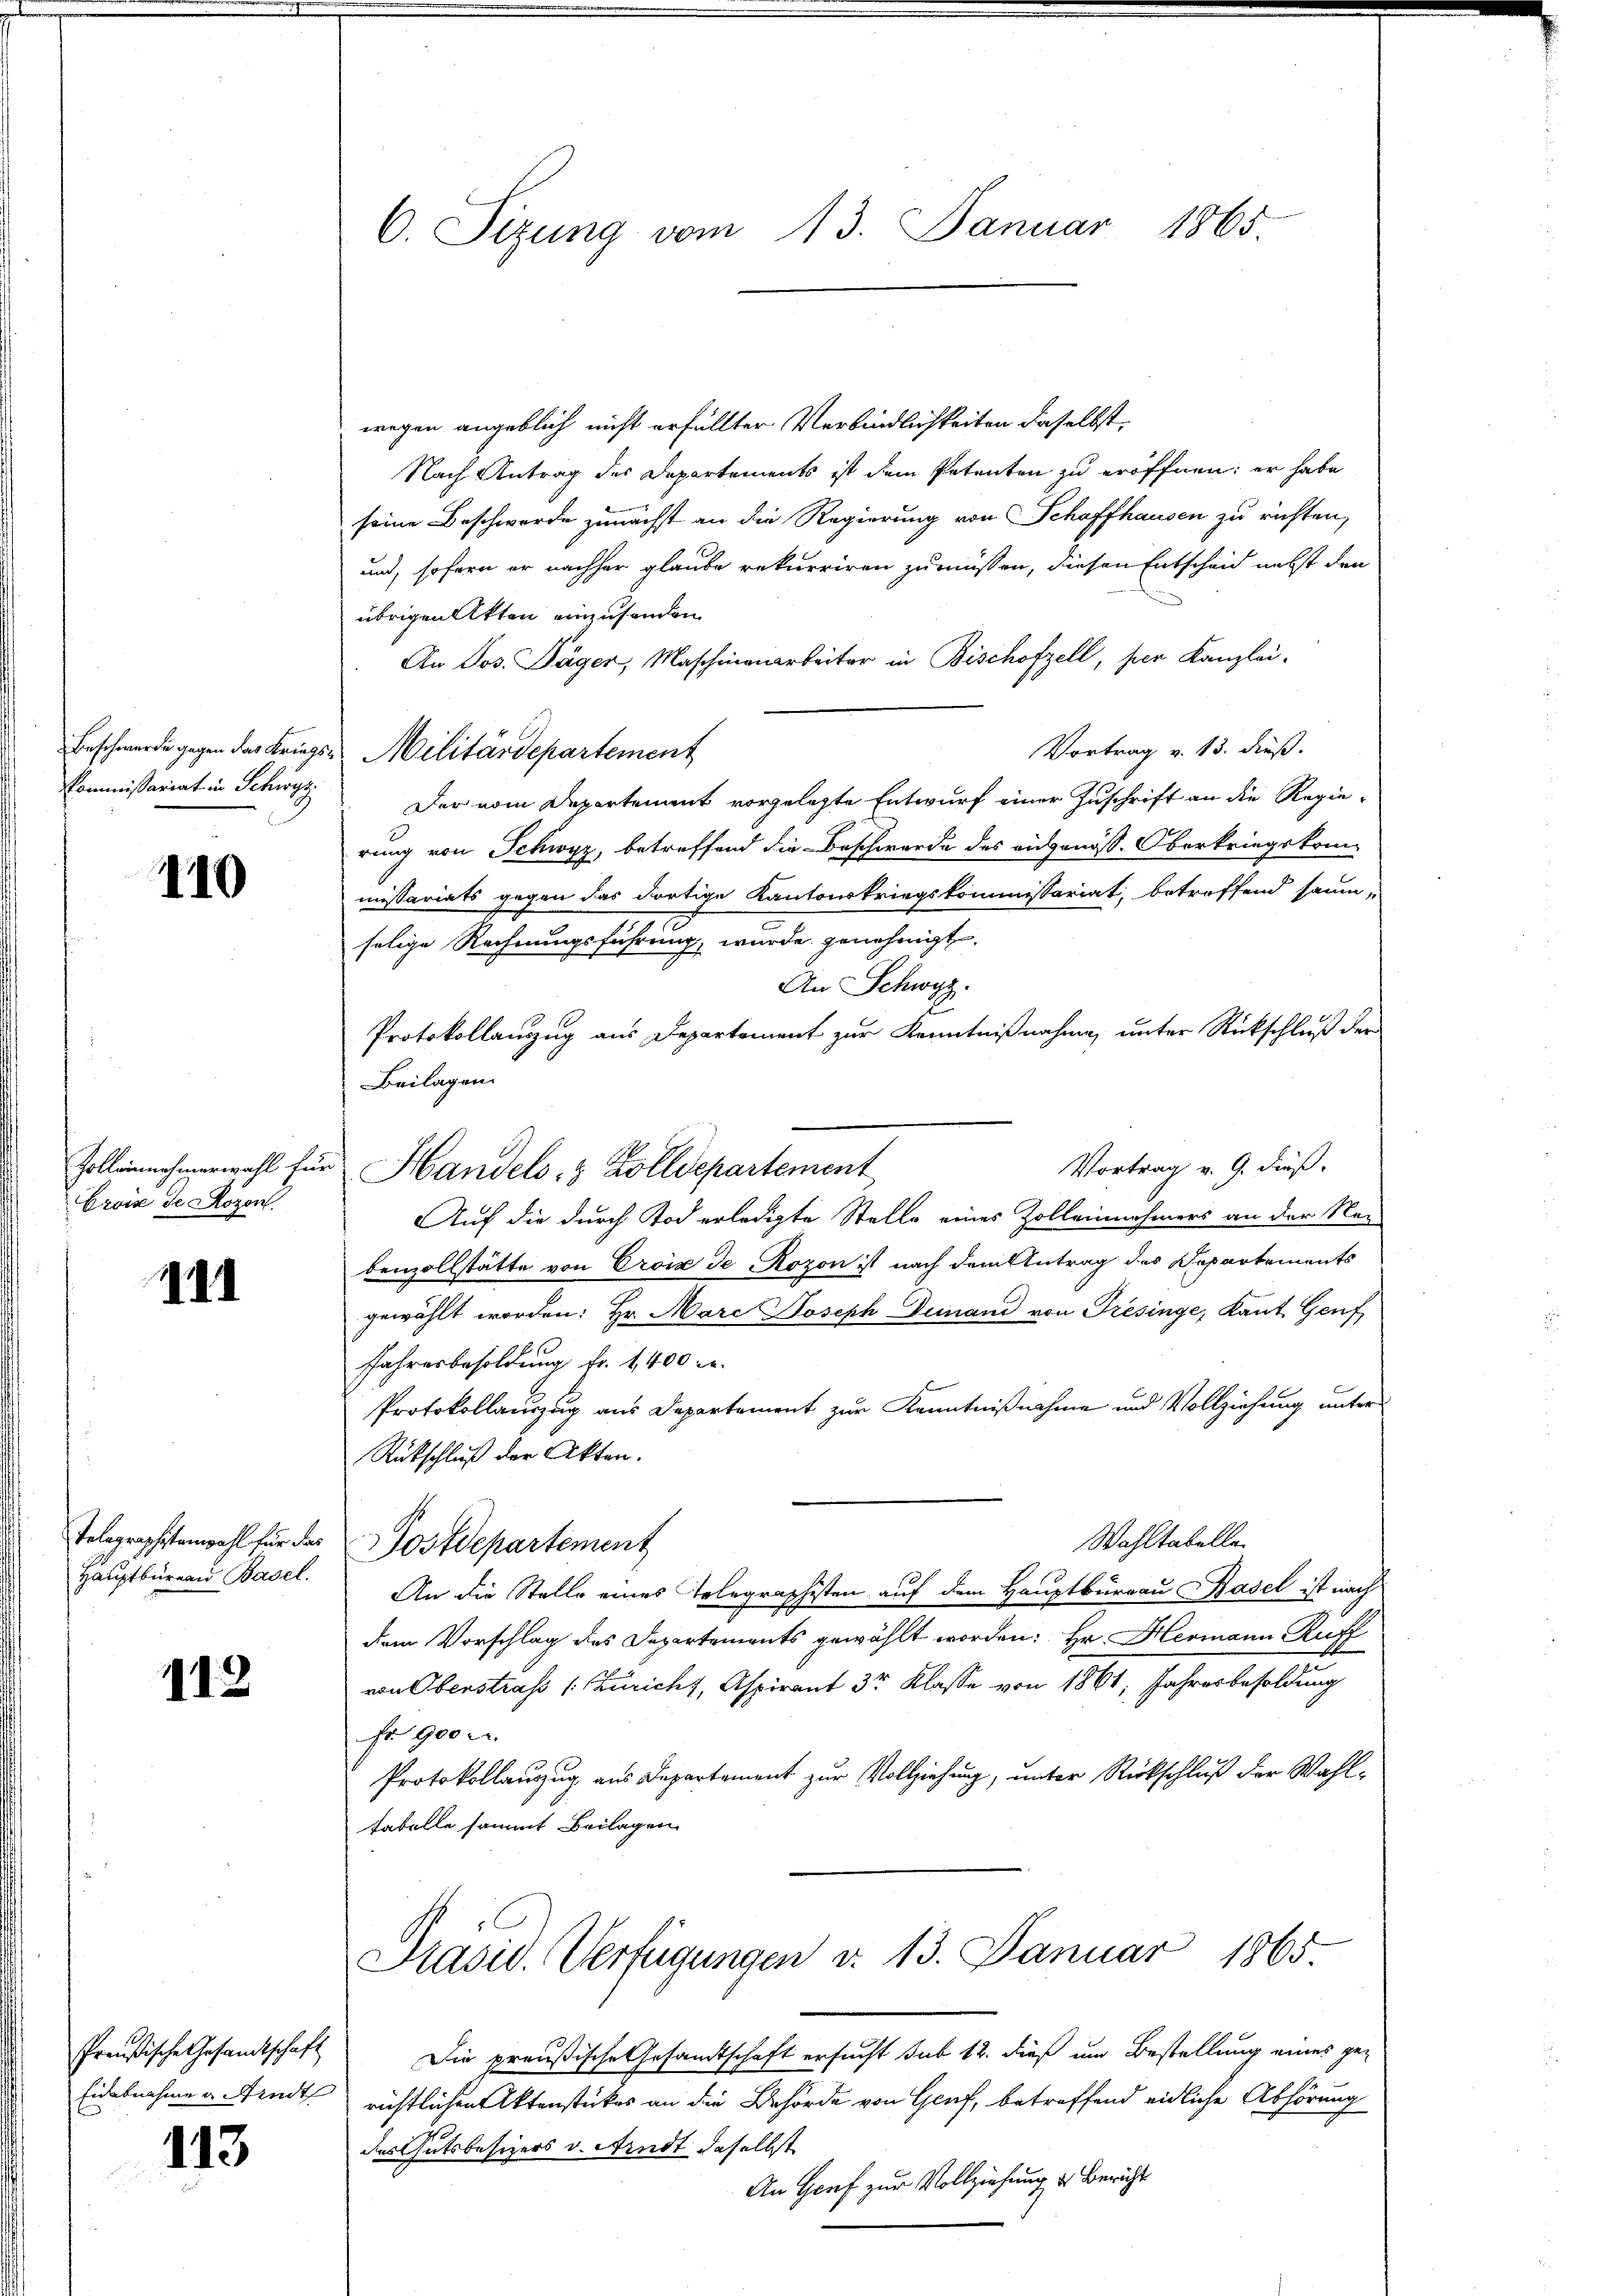
Beschwerde gegen das Kriegs¬
Kommißariat in Schwyz

110

Zoll einnehmerwahl für
Erois de Rozen

141

Telegraphistenzahl für das
Hauptbureau Basel.

112

Preußische Gesandtschaft
Eidabnahme a findt

113

C. Sizung vom 13. Januar 1865.

wegen angeblich nicht erfüllter Verbindlichkeiten daselbst,
Nach Antrag des Departements ist dem Petenten zu eröffnen; er habe
seine Beschwerde zunächst an die Regierung von Schaffhausen zu richten,
und, sofern er nachher glaube rekurriren zu müssen, diesen Entscheid nebst den
übrigen Akten einzusenden
An Jos. Täger, Maschienarbeiter in Bischofzell, per Kanzlei-
Vortrag v. 13. dieß.
Militärdepartement
Der vom Departement vorgelegte Entwurf einer Zuschrift an die Regierung von Schwyz, betreffend die Beschwerde des eidgenöss. Oberkriegskom-
missariats gegen das dortige Kantonskriegskommissariat, betreffend saum-
selige Rechnungsführung, wurde genehmigt.
An Schwyz.
Protokollanzug aus Departement zur Kenntnißnahme, unter Rückschluß der
Beilagen.
Vortrag v. 9. dieß.
Handels- & Zolldepartement
Auf die durch Tod erledigte Stelle eines Zolleinehmers an der Na-
benzollstätte von Croix de Rozon ist nach dem Antrag des Departements
gewählt worden: Hr. Marc Joseph Finand von Fresinge, Kant Genf,
Jahresbesoldung fr. 1400 l.
Protokollauszug aus Departement zur Kenntnißnahme und Vollziehung unter
Rütschluß der Akten.
Wahltabelle.
Postdepartement
An die Stelle eines Telegraphisten auf dem Hauptburgau Basel ist nach
dem Vorschlag des Departements gewählt worden: Hr. Hermann Ruff
von Oberstraß (: Züricht, Aspirant 3r Klasse von 1861, Jahresbesoldung
Fr. 900 c.
Protokollauszug aus Departement zur Vollziehung, unter Rückschluß der Wahltabelle sammt Beilagen
Präsid. Verfügungen d. 13. Januar 1865
Die preußische Gesandtschaft ersucht sub 12. dieß um Bestellung eines gerichtlichen Aktenstückes an die Behörde von Genf, betreffend eidliche Abhörung
des Gutsbesizers v. Arndt daselbst
An Hof zur Vollziehung des Bericht